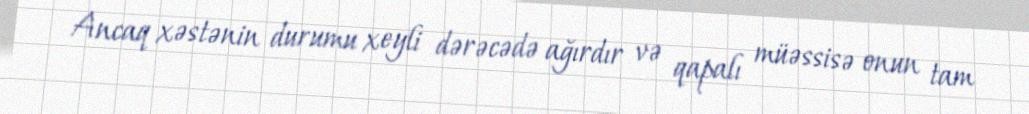
Ancaq xəstənin durumu xeyli dərəcədə ağırdır və qapalı müəssisə onun tam